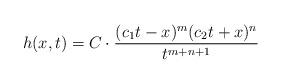
LaTeX: \begin{align*}h(x,t)= C \cdot \frac{(c_1t -x)^m(c_2t + x)^n}{t^{m+n+1}}\end{align*}